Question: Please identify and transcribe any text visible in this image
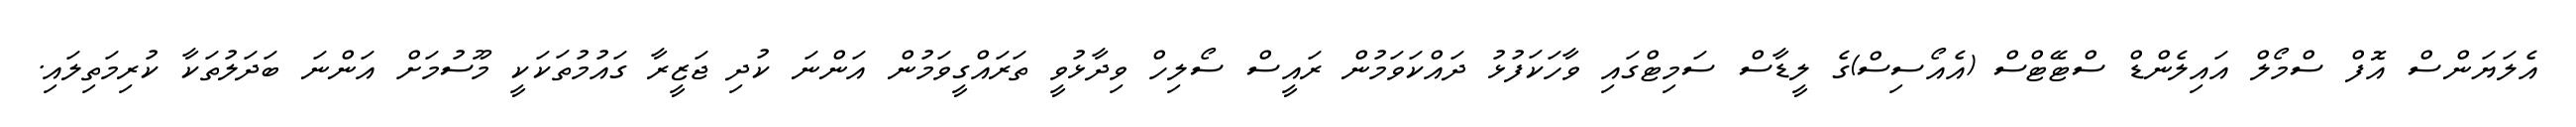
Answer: އެލަޔަންސް އޮފް ސްމޯލް އައިލެންޑް ސްޓޭޓްސް (އެއޯސިސް)ގެ ލީޑާސް ސަމިޓްގައި ވާހަކަފުޅު ދައްކަވަމުން ރައީސް ސޯލިހް ވިދާޅުވީ ތަރައްގީވަމުން އަންނަ ކުދި ޖަޒީރާ ގައުމުތަކަކީ މޫސުމަށް އަންނަ ބަދަލުތަކާ ކުރިމަތިލައި.